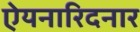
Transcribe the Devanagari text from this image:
ऐयनारिदनार